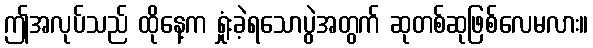
ဤအလုပ်သည် ထိုနေ့က ရှုံးခဲ့ရသောပွဲအတွက် ဆုတစ်ဆုဖြစ်လေမလား။